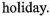
holiday.